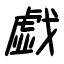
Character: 戯